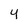
Character: 4